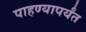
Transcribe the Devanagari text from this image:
पाहण्यापर्यंत